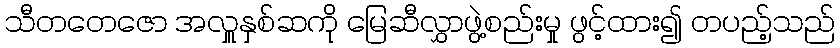
သီတတေဇော အလှူနှစ်ဆကို မြေဆီလွှာဖွဲ့စည်းမှု ဖွင့်ထား၍ တပည့်သည်